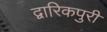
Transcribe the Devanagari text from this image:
द्वारिकपुरी